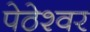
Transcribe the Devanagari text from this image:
पेठेश्वर